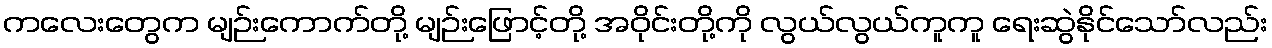
ကလေးတွေက မျဉ်းကောက်တို့ မျဉ်းဖြောင့်တို့ အဝိုင်းတို့ကို လွယ်လွယ်ကူကူ ရေးဆွဲနိုင်သော်လည်း